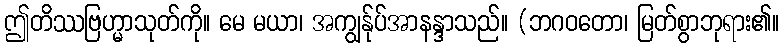
ဤတိဿဗြဟ္မာသုတ်ကို။ မေ မယာ၊ အကျွန်ုပ်အာနန္ဒာသည်။ (ဘဂဝတော၊ မြတ်စွာဘုရား၏။